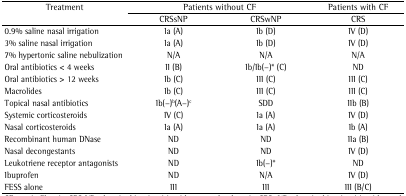
<table><thead><tr><td><b> Treatment</b></td><td colspan="2"><b> Patients without CF</b></td><td><b> Patients with CF</b></td></tr><tr><td></td><td><b> CRSsNP</b></td><td><b> CRSwNP</b></td><td><b> CRS</b></td></tr></thead><tbody><tr><td> 0.9% saline nasal irrigation</td><td>Ia (A)</td><td>Ib (D)</td><td>IV (D)</td></tr><tr><td> 3% saline nasal irrigation</td><td>Ia (A)</td><td>Ib (D)</td><td>IV (D)</td></tr><tr><td> 7% hypertonic saline nebulization</td><td>N/A</td><td>N/A</td><td>N/A</td></tr><tr><td> Oral antibiotics &lt; 4 weeks</td><td>II (B)</td><td>Ib/Ib(−)* (C)</td><td>ND</td></tr><tr><td> Oral antibiotics &gt; 12 weeks</td><td>Ib (C)</td><td>III (C)</td><td>III (C)</td></tr><tr><td> Macrolides</td><td>Ib (C)</td><td>III (C)</td><td>III (C)</td></tr><tr><td> Topical nasal antibiotics</td><td>Ib(−)<sup>b</sup>(A−)<sup>c</sup></td><td>SDD</td><td>IIb (B)</td></tr><tr><td> Systemic corticosteroids</td><td>IV (C)</td><td>Ia (A)</td><td>IV (D)</td></tr><tr><td> Nasal corticosteroids</td><td>Ia (A)</td><td>Ia (A)</td><td>Ib (A)</td></tr><tr><td> Recombinant human DNase</td><td>ND</td><td>ND</td><td>IIa (B)</td></tr><tr><td> Nasal decongestants</td><td>ND</td><td>ND</td><td>IV (D)</td></tr><tr><td> Leukotriene receptor antagonists</td><td>ND</td><td>Ib(−)*</td><td>ND</td></tr><tr><td> Ibuprofen</td><td>ND</td><td>N/A</td><td>IV (D)</td></tr><tr><td> FESS alone</td><td>III</td><td>III</td><td>III (B/C)</td></tr></tbody></table>